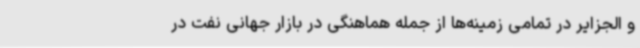
و الجزایر در تمامی زمینه‌ها از جمله هماهنگی در بازار جهانی نفت در